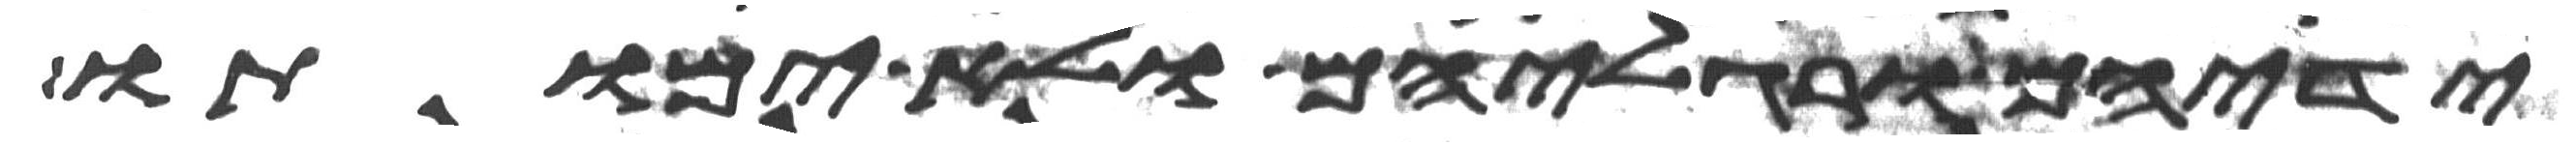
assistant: ידיהם ורגליהם ולא ימותו